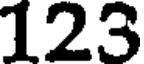
123